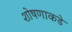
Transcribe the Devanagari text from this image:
शोषणाकडे